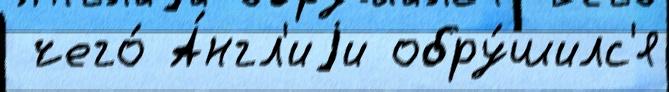
 чего́ А́нгл'иjи обру́шилс'я